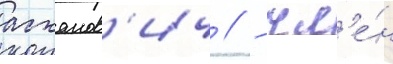
асханов'ич // - чл'е́н